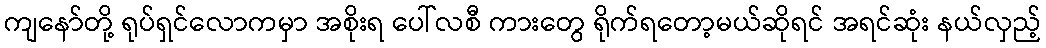
ကျနော်တို့ ရုပ်ရှင်လောကမှာ အစိုးရ ပေါ်လစီ ကားတွေ ရိုက်ရတော့မယ်ဆိုရင် အရင်ဆုံး နယ်လှည့်